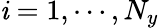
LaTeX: \mathit{i}=1,\cdots,N_{y}